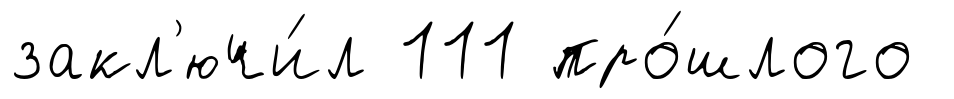
закл'ючи́л 111 про́шлого